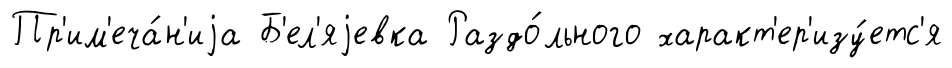
Пр'им'еча́н'иjа Б'ел'яjевка Раздо́льного характ'ер'изу́етс'я